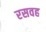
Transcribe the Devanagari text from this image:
रसवह